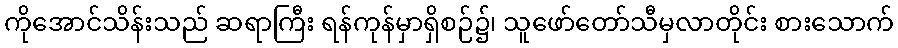
ကိုအောင်သိန်းသည် ဆရာကြီး ရန်ကုန်မှာရှိစဉ်၌၊ သူဖော်တော်သီမှလာတိုင်း စားသောက်